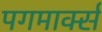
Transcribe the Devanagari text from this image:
पगमार्क्स